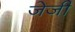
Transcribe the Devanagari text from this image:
जेजी